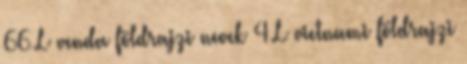
66 L venda földrajzi nevek‎ 4 L vietnami földrajzi